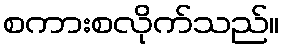
စကားစလိုက်သည်။